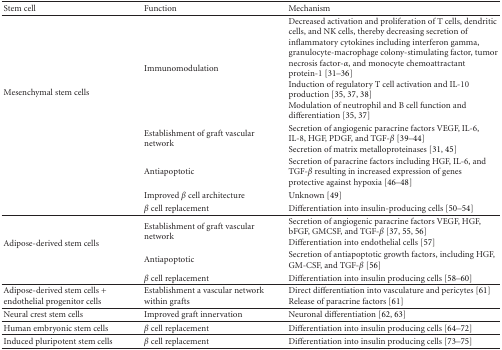
| Stem cell | Function | Mechanism |
 | --- | --- | --- |
 | <ROWSPAN=5> Mesenchymal stem cells | Immunomodulation | Decreased activation and proliferation of T cells, dendritic cells, and NK cells, thereby decreasing secretion of inflammatory cytokines including interferon gamma, granulocyte-macrophage colony-stimulating factor, tumor necrosis factor-α, and monocyte chemoattractant protein-1 [31–36] Induction of regulatory T cell activation and IL-10 production [35, 37, 38] Modulation of neutrophil and B cell function and differentiation [35, 37] |
 | Establishment of graft vascular network | Secretion of angiogenic paracrine factors VEGF, IL-6, IL-8, HGF, PDGF, and TGF-β [39–44] Secretion of matrix metalloproteinases [31, 45] |
 | Antiapoptotic | Secretion of paracrine factors including HGF, IL-6, and TGF-β resulting in increased expression of genes protective against hypoxia [46–48] |
 | Improved β cell architecture | Unknown [49] |
 | β cell replacement | Differentiation into insulin-producing cells [50–54] |
 | <ROWSPAN=3> Adipose-derived stem cells | Establishment of graft vascular network | Secretion of angiogenic paracrine factors VEGF, HGF, bFGF, GMCSF, and TGF-β [37, 55, 56] Differentiation into endothelial cells [57] |
 | Antiapoptotic | Secretion of antiapoptotic growth factors, including HGF, GM-CSF, and TGF-β [56] |
 | β cell replacement | Differentiation into insulin producing cells [58–60] |
 | Adipose-derived stem cells + endothelial progenitor cells | Establishment a vascular network within grafts | Direct differentiation into vasculature and pericytes [61] Release of paracrine factors [61] |
 | Neural crest stem cells | Improved graft innervation | Neuronal differentiation [62, 63] |
 | Human embryonic stem cells | β cell replacement | Differentiation into insulin producing cells [64–72] |
 | Induced pluripotent stem cells | β cell replacement | Differentiation into insulin producing cells [73–75] |